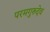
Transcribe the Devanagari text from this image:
परमगुरुदेव